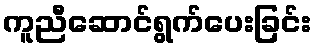
ကူညီဆောင်ရွက်ပေးခြင်း